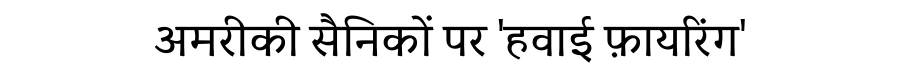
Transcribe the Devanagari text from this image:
अमरीकी सैनिकों पर 'हवाई फ़ायरिंग'